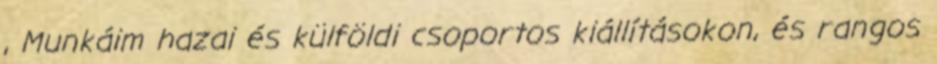
, Munkáim hazai és külföldi csoportos kiállításokon, és rangos